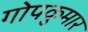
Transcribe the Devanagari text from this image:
गोपकुमार